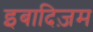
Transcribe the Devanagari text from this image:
इबादिज़म